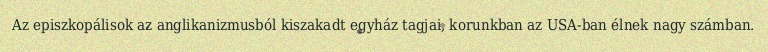
Az episzkopálisok az anglikanizmusból kiszakadt egyház tagjai, korunkban az USA-ban élnek nagy számban.